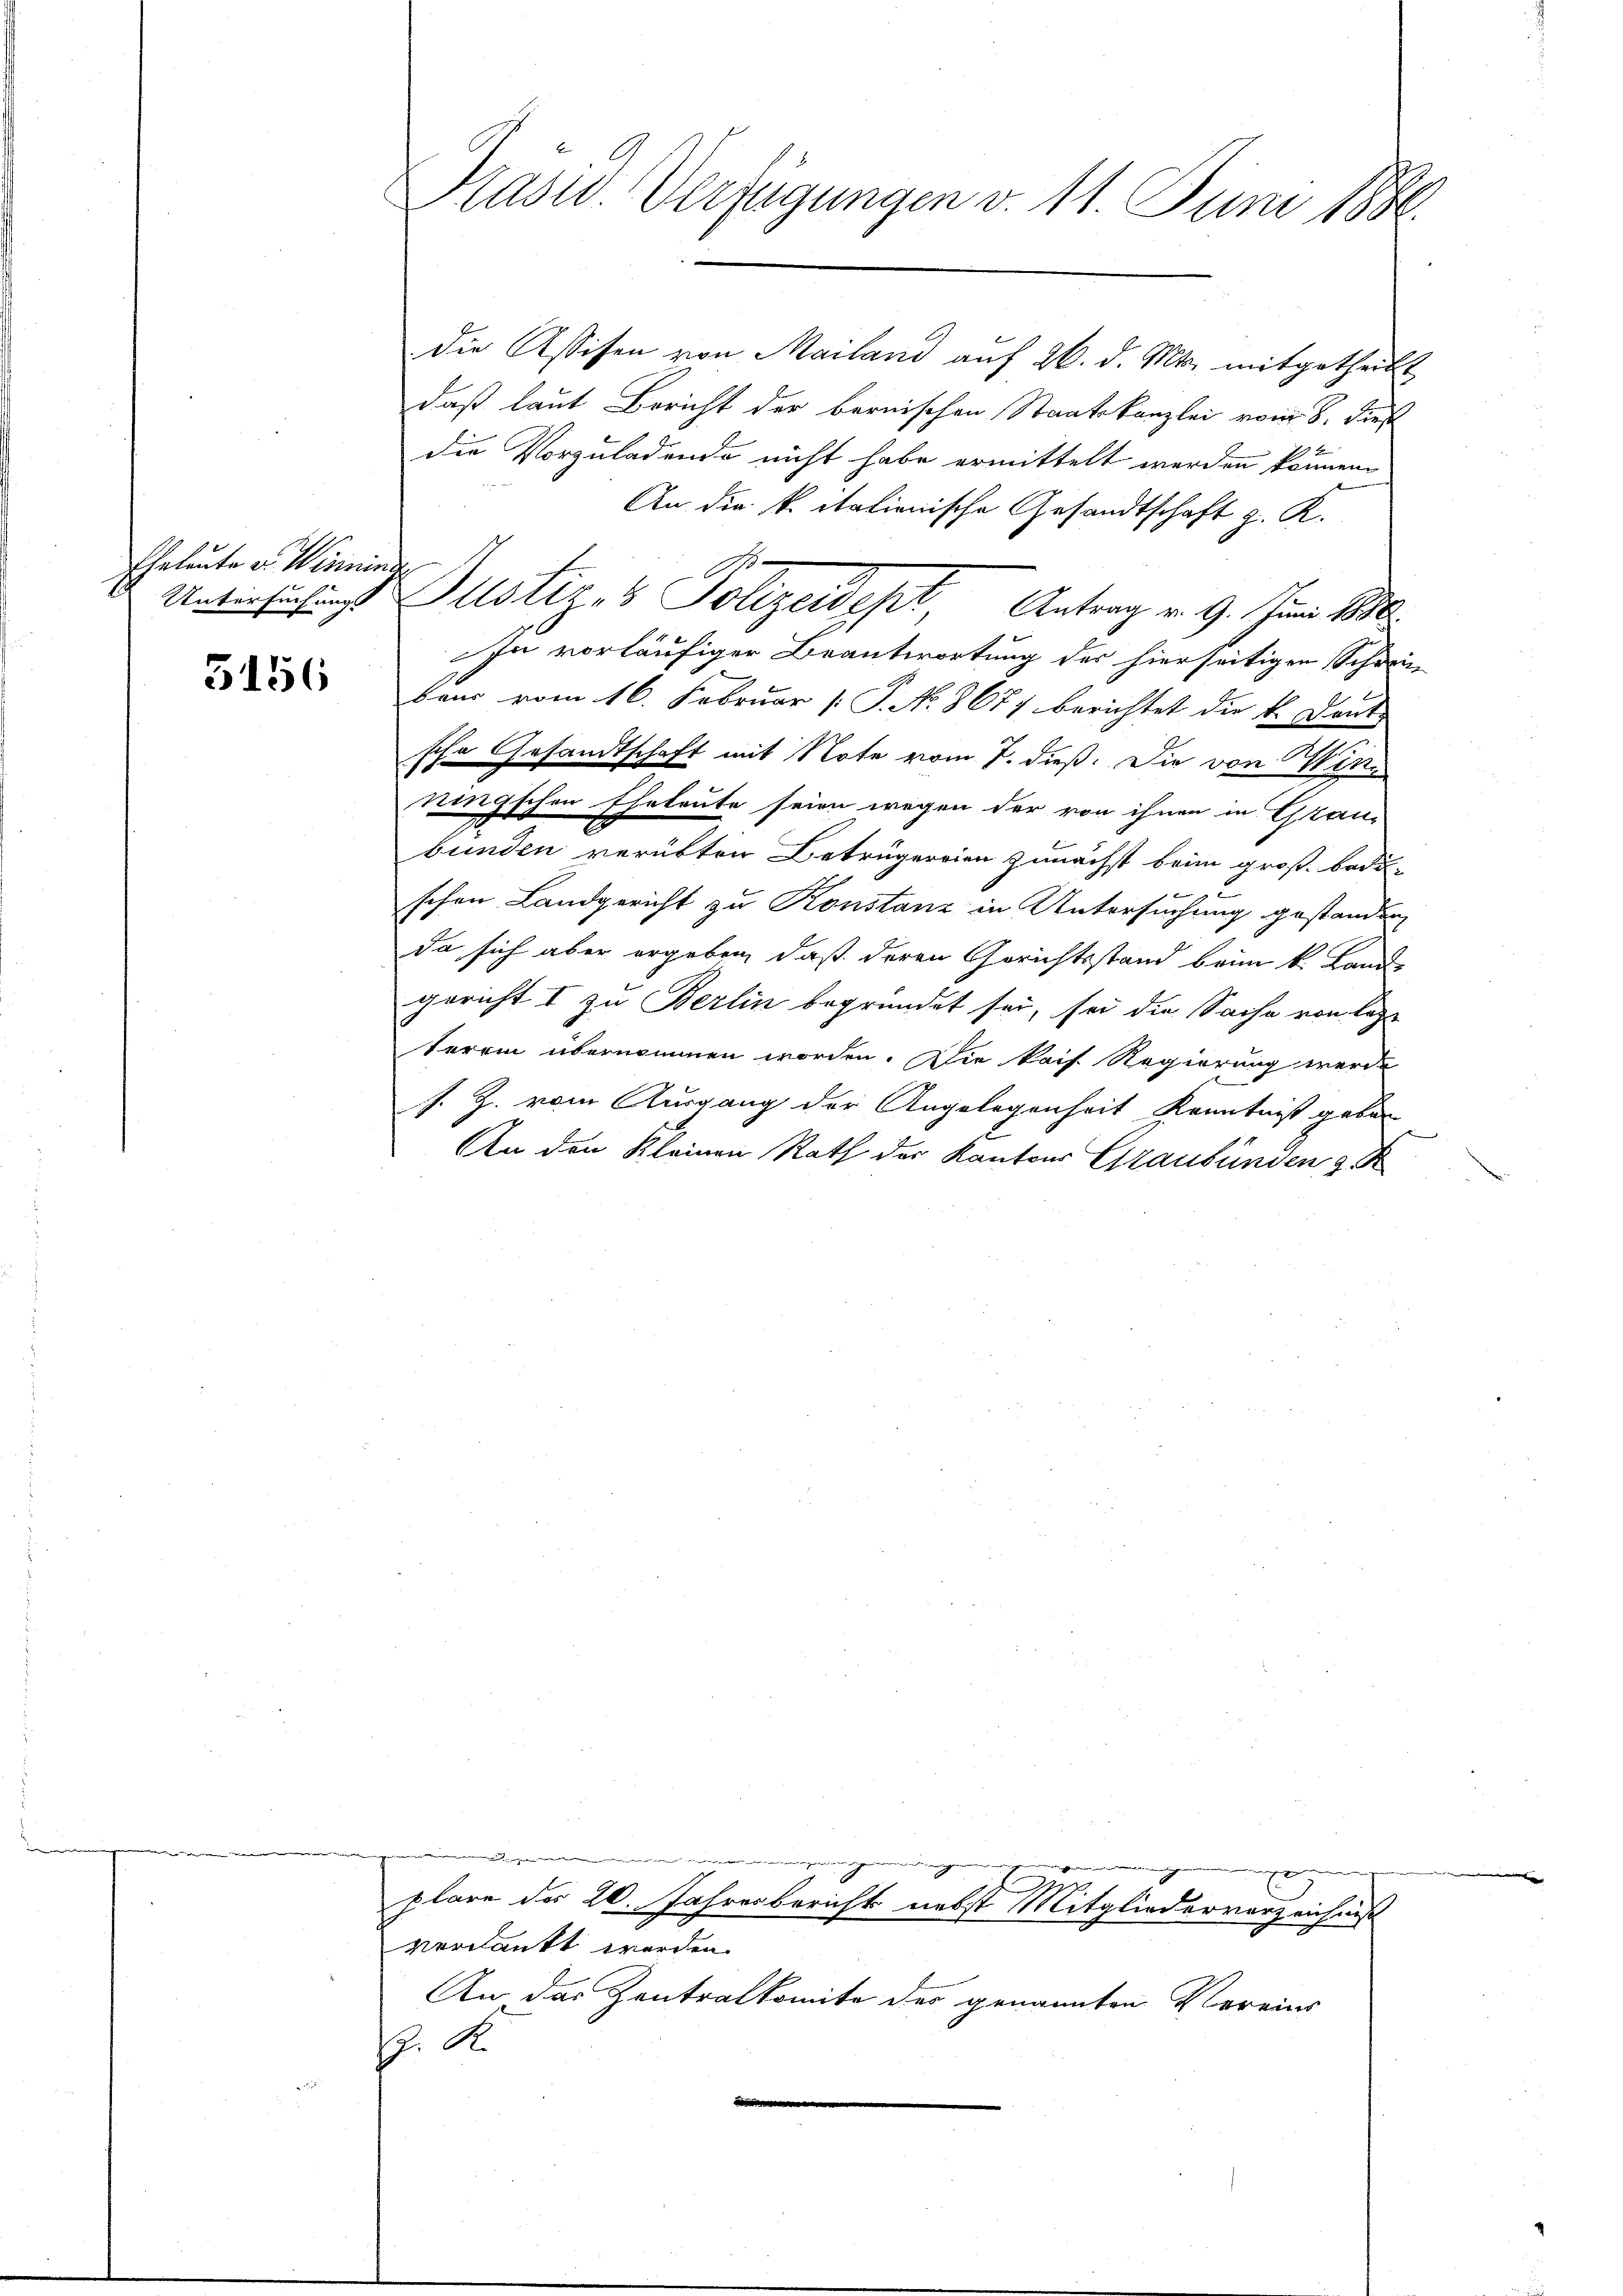
Eheleute von Wernende
Untersuchungs

5156

Präsid Verfügungen v. 11. Juni 1886.

die Assisen von Mailand auf 26. d. Mts. mitgetheilt
daß laut Bericht der bernischen Staatskanzlei vom 8. Dies
die Vorzuladende nicht habe ermittelt werden können.
An die k. italienische Gesandtschaft z. K.
In vorläufiger Beantwortung des hierseitigen Schwin
baur vom 16. Februar [ P. No. 8677 berichtet die k. Dank
sche Gesandtschaft mit Note vom 7. dieß. Die von Winkingschen Eheleute seien wegen der von ihnen in Grau¬
E
bunden verübten Betrügereien zunächst beim groß bodu-
schen Landgericht zu Konstanz in Untersuchung gestanden,
da sich aber ergeben, daß deren Gerichtsstand beim k. Lande
gericht I zu Berlin begründet sei, sei die Sache von lezte
terrin übernommen worden. Die kais. Regierung werde
s. Z. vom Ausgang der Angelegenheit Kenntniß geben
An den Kleinen Rath der Kantons Graubünden Z

Justiz & Polizeidest Antrag v. 9. Juni 1890.

verdankt werden.
An das Zentralkomite des genannten Vereins
J. St.
d

gedenen
plare des 20. Jahresbericht nebst Mitgliederverzeichnis

oenigen